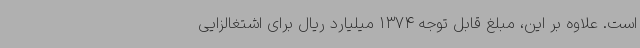
است. علاوه بر این، مبلغ قابل توجه 1374 میلیارد ریال برای اشتغالزایی